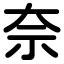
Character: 奈